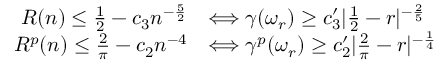
\begin{array} { r l } { R ( n ) \le \frac { 1 } { 2 } - c _ { 3 } n ^ { - \frac { 5 } { 2 } } } & { \Longleftrightarrow \gamma ( \omega _ { r } ) \ge c _ { 3 } ^ { \prime } | \frac { 1 } { 2 } - r | ^ { - \frac { 2 } { 5 } } } \\ { R ^ { p } ( n ) \le \frac { 2 } { \pi } - c _ { 2 } n ^ { - 4 } } & { \Longleftrightarrow \gamma ^ { p } ( \omega _ { r } ) \ge c _ { 2 } ^ { \prime } | \frac { 2 } { \pi } - r | ^ { - \frac { 1 } { 4 } } } \end{array}